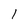
Character: 1